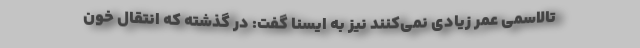
تالاسمی عمر زیادی نمی‌کنند نیز به ایسنا گفت: در گذشته که انتقال خون